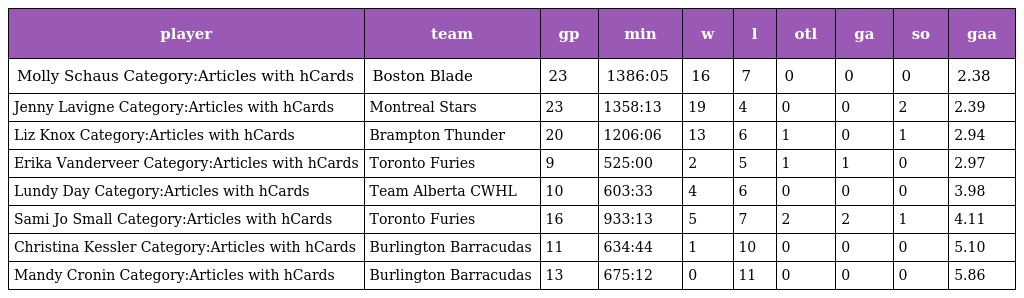
| player | team | gp | min | w | l | otl | ga | so | gaa |
 | --- | --- | --- | --- | --- | --- | --- | --- | --- | --- |
 | Molly Schaus Category:Articles with hCards | Boston Blade | 23 | 1386:05 | 16 | 7 | 0 | 0 | 0 | 2.38 |
 | Jenny Lavigne Category:Articles with hCards | Montreal Stars | 23 | 1358:13 | 19 | 4 | 0 | 0 | 2 | 2.39 |
 | Liz Knox Category:Articles with hCards | Brampton Thunder | 20 | 1206:06 | 13 | 6 | 1 | 0 | 1 | 2.94 |
 | Erika Vanderveer Category:Articles with hCards | Toronto Furies | 9 | 525:00 | 2 | 5 | 1 | 1 | 0 | 2.97 |
 | Lundy Day Category:Articles with hCards | Team Alberta CWHL | 10 | 603:33 | 4 | 6 | 0 | 0 | 0 | 3.98 |
 | Sami Jo Small Category:Articles with hCards | Toronto Furies | 16 | 933:13 | 5 | 7 | 2 | 2 | 1 | 4.11 |
 | Christina Kessler Category:Articles with hCards | Burlington Barracudas | 11 | 634:44 | 1 | 10 | 0 | 0 | 0 | 5.10 |
 | Mandy Cronin Category:Articles with hCards | Burlington Barracudas | 13 | 675:12 | 0 | 11 | 0 | 0 | 0 | 5.86 |